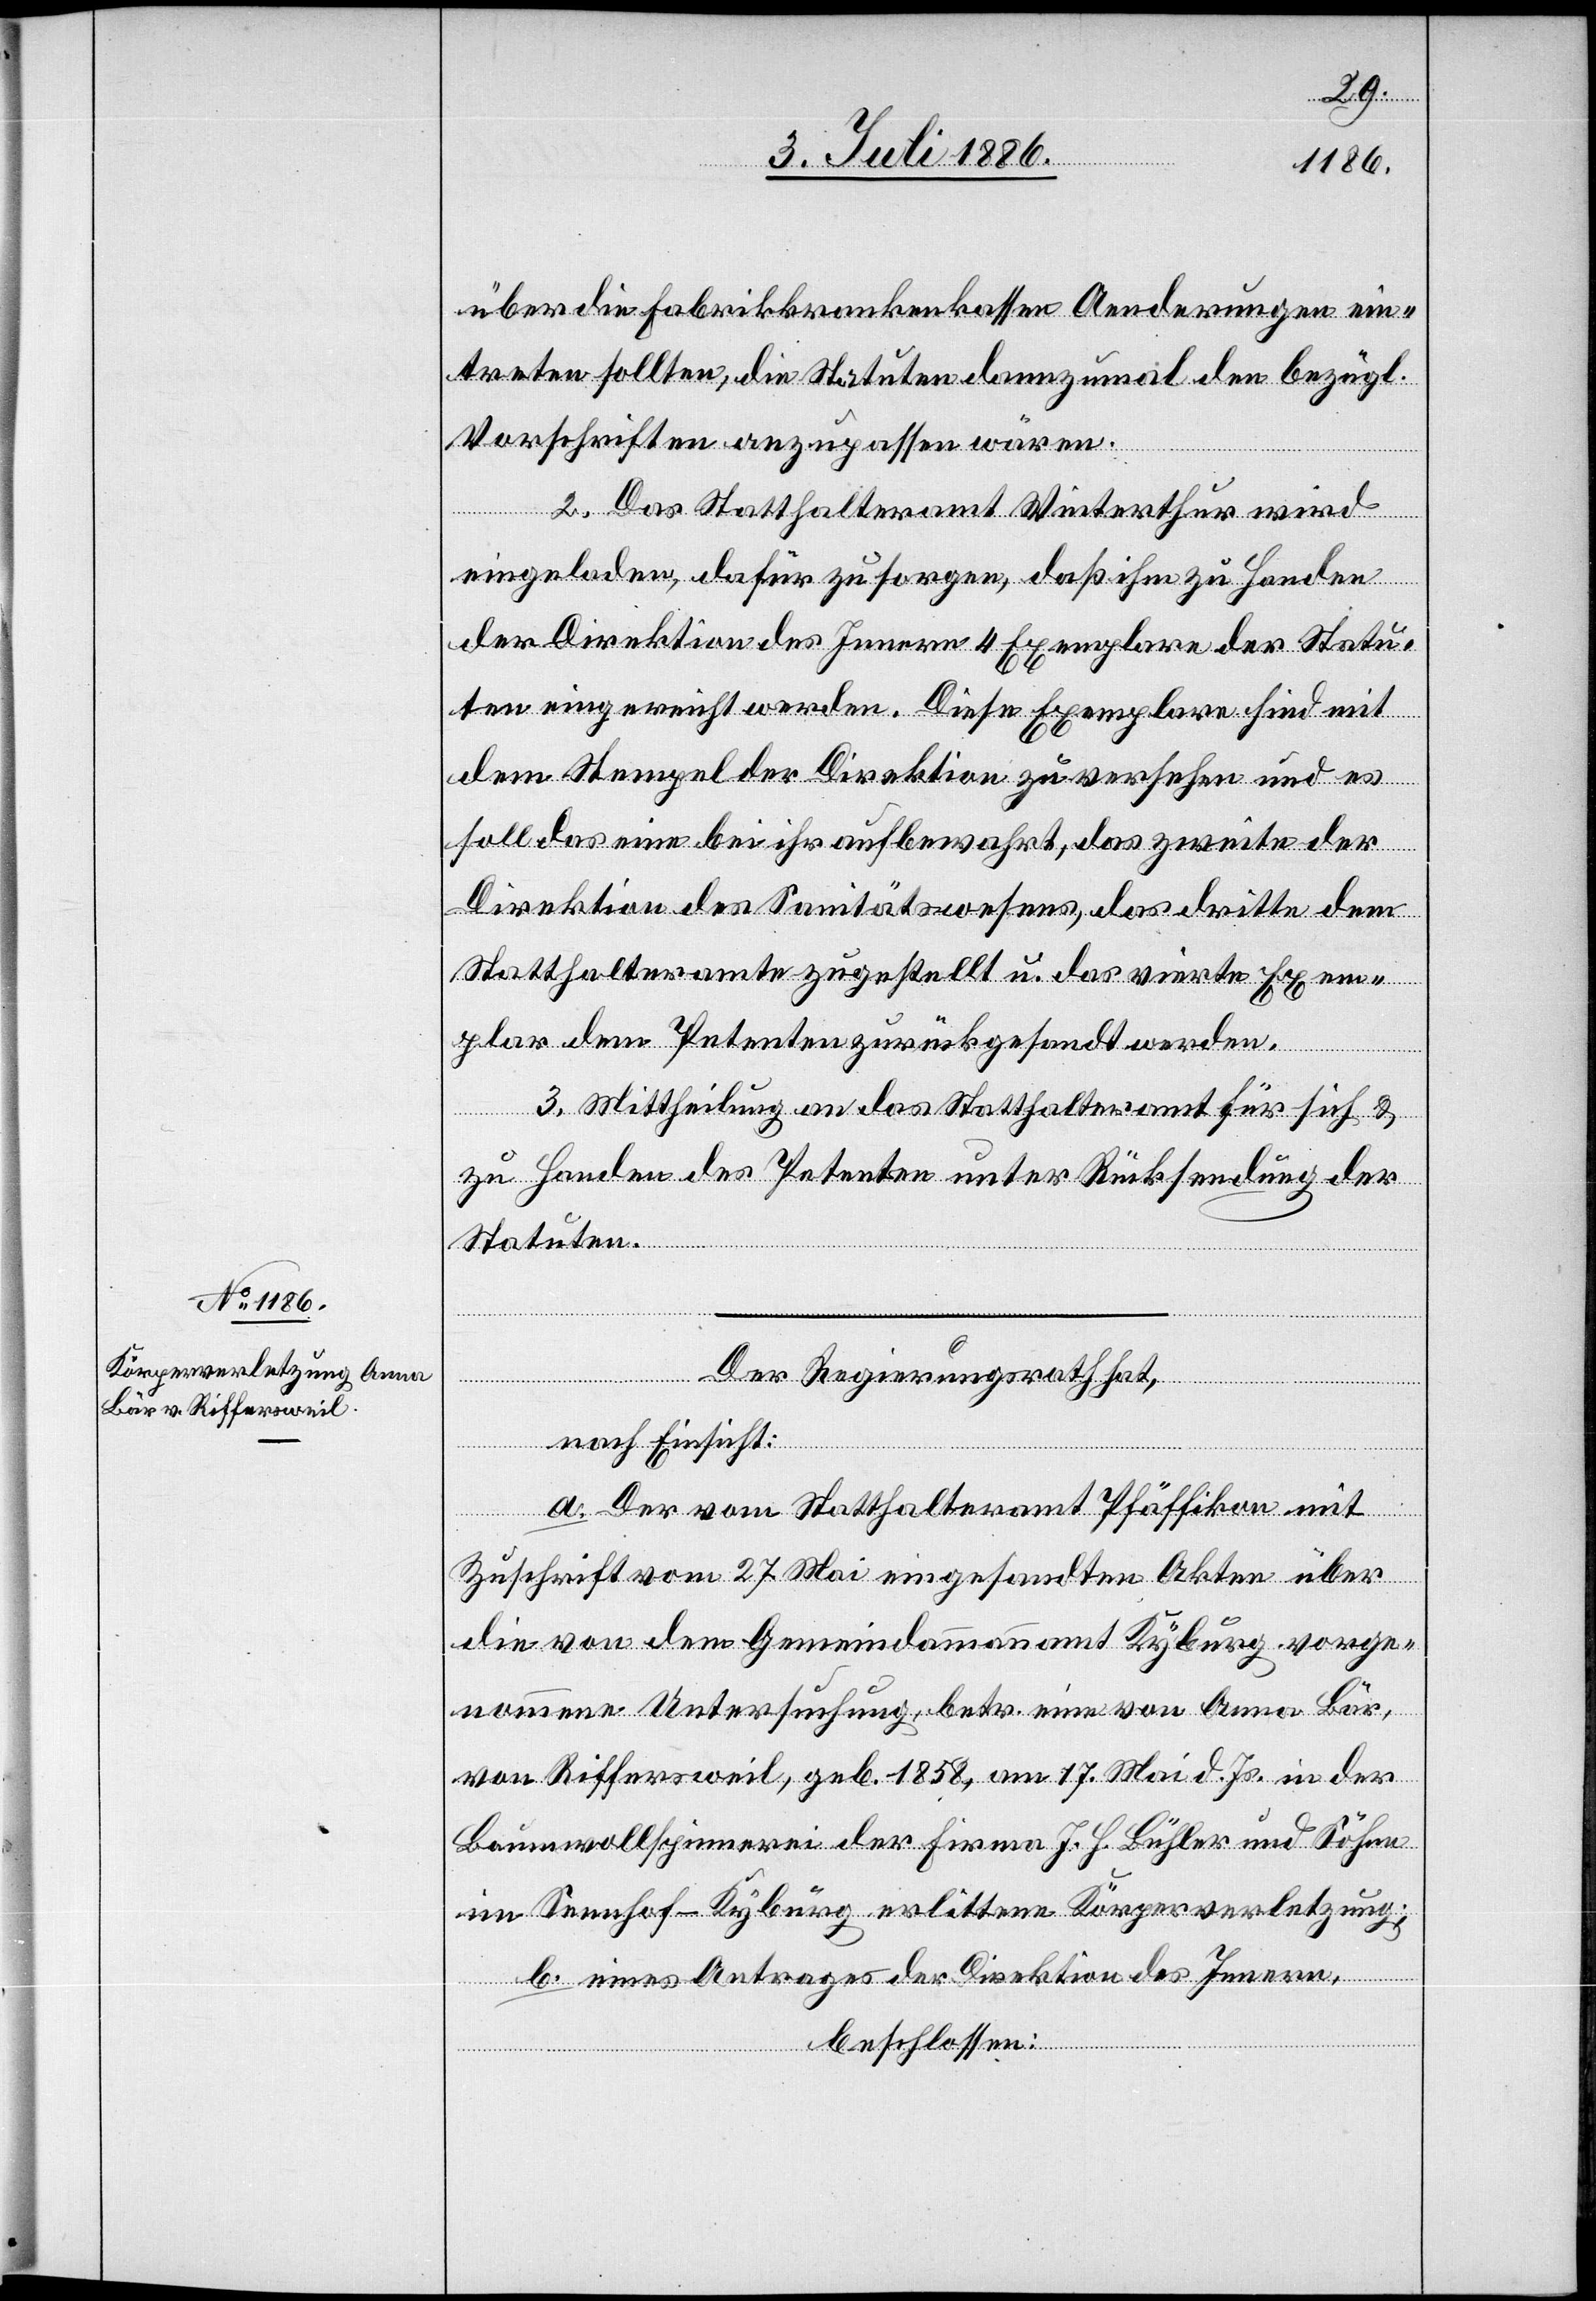
über die Fabrikkrankenkassen Aenderungen ein¬
treten sollten, die Statuten dannzumal den bezügl.
Vorschriften anzupassen wären.
2. Das Statthalteramt Winterthur wird
eingeladen, dafür zu sorgen, daß ihm zu Handen
der Direktion des Innern 4 Exemplare der Statu¬
ten eingereicht werden. Diese Exemplare sind mit
dem Stempel der Direktion zu versehen und es
soll das eine bei ihr aufbewahrt, das zweite der
Direktion des Sanitätswesens, das dritte dem
Statthalteramte zugestellt u. das vierte Exem¬
plar dem Petenten zurückgesandt werden.
3. Mittheilung an das Statthalteramt für sich &
zu Handen des Petenten unter Rücksendung der
Statuten.
Der Regierungsrath hat,
nach Einsicht:
a. Der vom Statthalteramt Pfäffikon mit
Zuschrift vom 27. Mai eingesandten Akten über
die von dem Gemeindeammannamt Kyburg vorge¬
nommene Untersuchung, betr. eine von Anna Bär,
von Riffersweil, geb. 1858, am 17. Mai d. Js. in der
Baumwollspinnerei der Firma J. H. Bühler und Söhne
im Sennhof - Kyburg erlittene Körperverletzung;
b. eines Antrages der Direktion des Innern,
beschlossen: